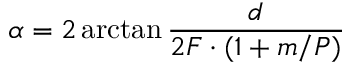
\alpha = 2 \arctan { \frac { d } { 2 F \cdot ( 1 + m / P ) } }